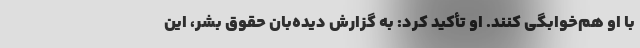
با او هم‌خوابگی کنند. او تأکید کرد: به گزارش دیده‌بان حقوق بشر، این